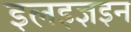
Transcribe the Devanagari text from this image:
इलइज्ञइन